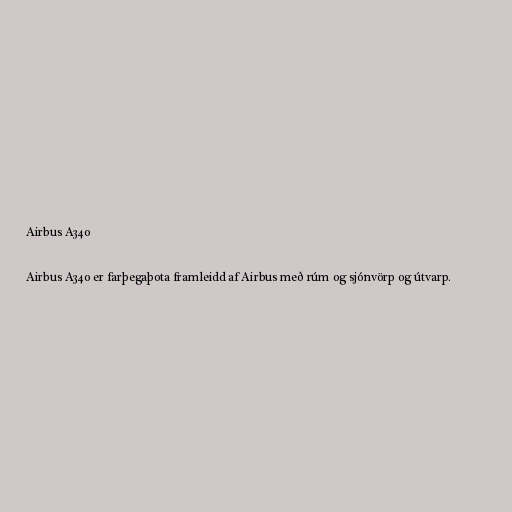
Airbus A340

Airbus A340 er farþegaþota framleidd af Airbus með rúm og sjónvörp og útvarp.